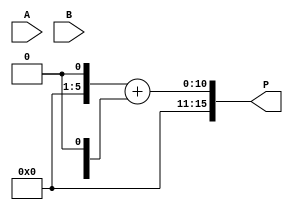
module wallace_tree_multiplier #(parameter WIDTH = 8) (
    input  [WIDTH-1:0] A, // Multiplicand
    input  [WIDTH-1:0] B, // Multiplier
    output reg [2*WIDTH-1:0] P // Product
);

    // Generate partial products
    wire [WIDTH-1:0] pp[WIDTH-1:0]; // Partial products
    genvar i;
    generate
        for (i = 0; i < WIDTH; i = i + 1) begin : pp_gen
            assign pp[i] = A & {WIDTH{B[i]}};
        end
    endgenerate

    // Wallace tree reduction
    wire [WIDTH-1:0] sum[WIDTH:0]; // Sums at each stage
    wire [WIDTH:0] carry[WIDTH:0]; // Carries at each stage

    // Initial stage: first row of partial products
    assign sum[0] = pp[0];
    assign carry[0] = {1'b0, pp[1]}; // Include carry for the first addition

    // Wallace tree reduction stages
    genvar j, k;
    generate
        for (j = 0; j < WIDTH-1; j = j + 1) begin : reduction_stage
            for (k = 0; k < (WIDTH >> (j + 1)); k = k + 1) begin : adder_block
                wire [1:0] inputs;
                wire s, c;

                // Select inputs for the adder
                assign inputs = {sum[j][k], sum[j][k + 1]};
                if (j == 0) begin
                    // First stage uses only half adders
                    assign {c, s} = inputs[0] + inputs[1];
                end else begin
                    // Subsequent stages use full adders
                    assign {c, s} = inputs[0] + inputs[1] + carry[j-1][k];
                end

                // Assign results to the next stage
                assign sum[j + 1][k] = s;
                assign carry[j + 1][k] = c;
            end
        end
    endgenerate

    // Final addition of the last two rows
    wire [2*WIDTH-1:0] final_sum;
    wire [2*WIDTH-1:0] final_carry;

    assign final_sum = {1'b0, sum[WIDTH-1]} + {carry[WIDTH-1], 1'b0};

    // Assign the final product
    always @(*) begin
        P = final_sum;
    end

endmodule